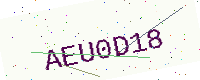
Text: AEU0D18